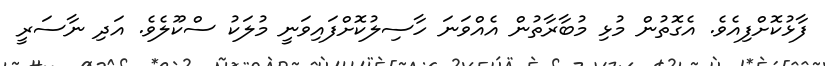
ފާޅުކޮށްފިއެވެ. އެގޮތުން މުޅި މުބާރާތުން އެއްވަނަ ހާސިލުކޮށްފައިވަނީ މުލަކު ސްކޫލެވެ. އަދި ނާސަރީ